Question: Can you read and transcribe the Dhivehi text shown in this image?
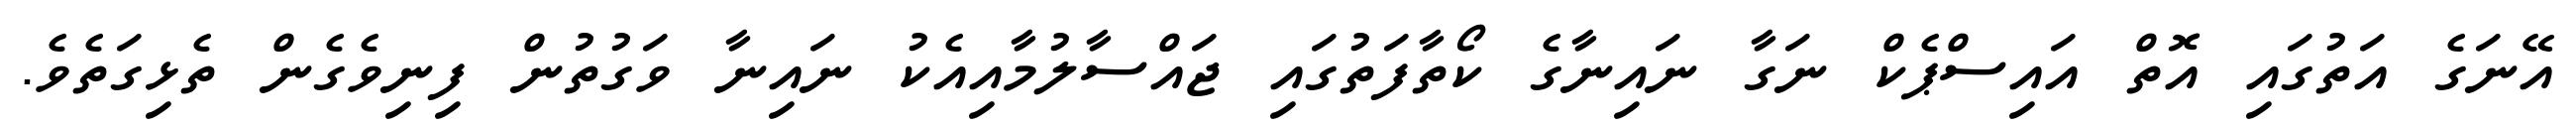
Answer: އޭނަގެ އަތުގައި އޮތް އައިސްޕެކް ނަގާ ނައިނާގެ ކޯތާފަތުގައި ޖައްސާލުމާއިއެކު ނައިނާ ވަގުތުން ފިނިވެގެން ތެޅިގަތެވެ.